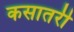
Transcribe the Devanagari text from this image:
कसातरी